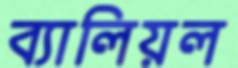
ব্যালিয়ল